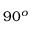
{ 9 0 ^ { o } }